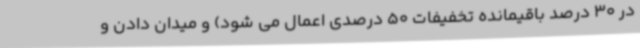
در 30 درصد باقیمانده تخفیفات 50 درصدی اعمال می شود) و میدان دادن و